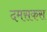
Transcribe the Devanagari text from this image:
दमसकस